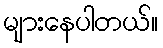
များနေပါတယ်။